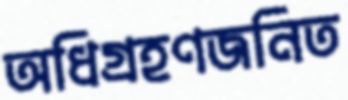
অধিগ্রহণজনিত